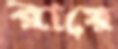
রায়ে